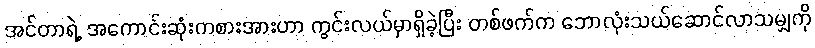
အင်တာရဲ့ အကောင်းဆုံးကစားအားဟာ ကွင်းလယ်မှာရှိခဲ့ပြီး တစ်ဖက်က ဘောလုံးသယ်ဆောင်လာသမျှကို